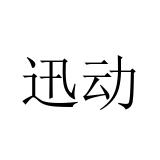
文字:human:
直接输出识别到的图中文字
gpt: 迅动